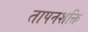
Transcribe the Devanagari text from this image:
तापनशक्ति